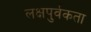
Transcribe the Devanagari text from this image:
लक्षपुर्वकता